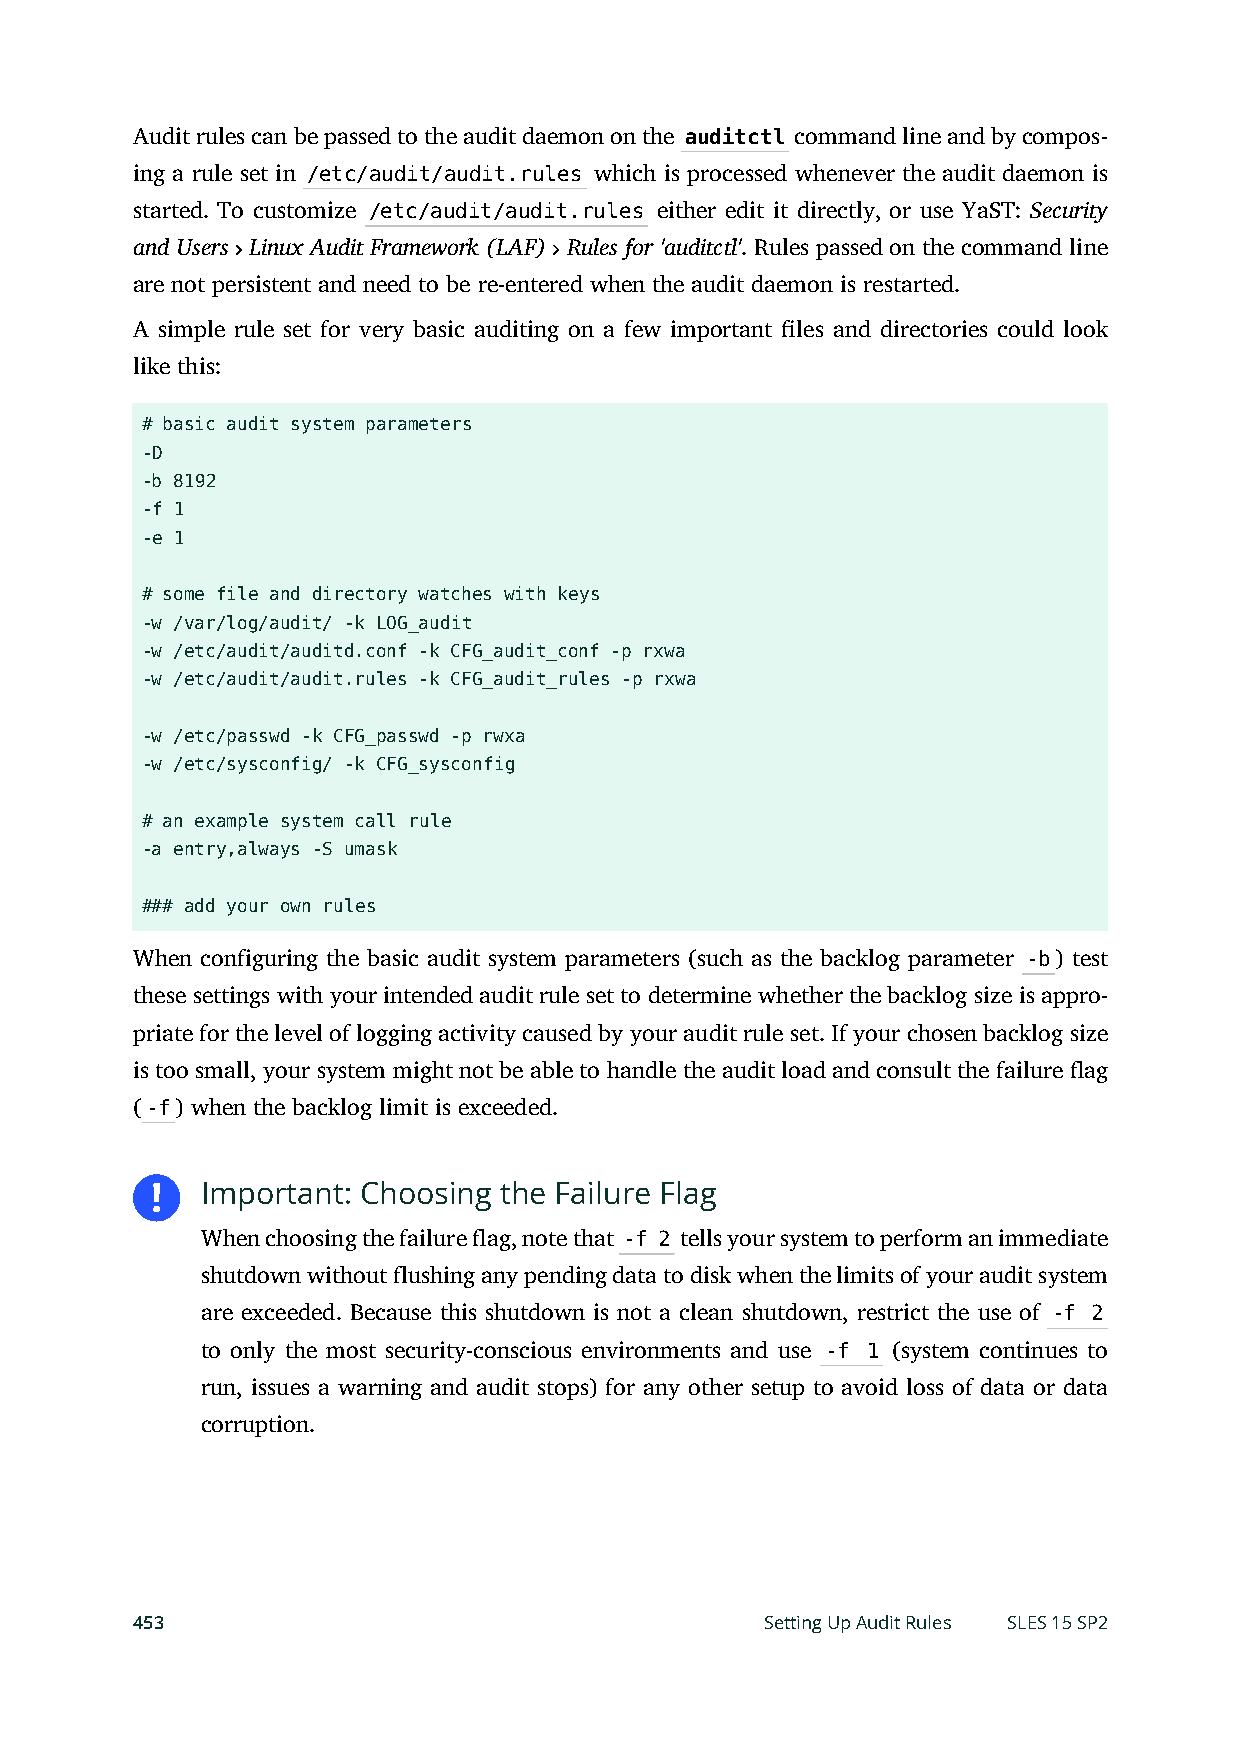
Audit rules can be passed to the audit daemon on the auditctl command line and by compos-
 ing a rule set in /etc/audit/audit.rules which is processed whenever the audit daemon is
 started. To customize /etc/audit/audit.rules either edit it directly, or use YaST: Security
 and Users Linux Audit Framework (LAF) Rules for 'auditctl'. Rules passed on the command line
 are not persistent and need to be re-entered when the audit daemon is restarted.
 A simple rule set for very basic auditing on a few important les and directories could look
 like this:
 # basic audit system parameters
 -D
 -b 8192
 -f 1
 -e 1
 # some file and directory watches with keys
 -w /var/log/audit/ -k LOG_audit
 -w /etc/audit/auditd.conf -k CFG_audit_conf -p rxwa
 -w /etc/audit/audit.rules -k CFG_audit_rules -p rxwa
 -w /etc/passwd -k CFG_passwd -p rwxa
 -w /etc/sysconfig/ -k CFG_sysconfig
 # an example system call rule
 -a entry,always -S umask
 ### add your own rules
 When configuring the basic audit system parameters (such as the backlog parameter -b) test
 these settings with your intended audit rule set to determine whether the backlog size is appro-
 priate for the level of logging activity caused by your audit rule set. If your chosen backlog size
 is too small, your system might not be able to handle the audit load and consult the failure ag
 (-f) when the backlog limit is exceeded.
 Important: Choosing the Failure Flag
 When choosing the failure ag, note that -f 2 tells your system to perform an immediate
 shutdown without flushing any pending data to disk when the limits of your audit system
 are exceeded. Because this shutdown is not a clean shutdown, restrict the use of -f 2
 to only the most security-conscious environments and use -f 1 (system continues to
 run, issues a warning and audit stops) for any other setup to avoid loss of data or data
 corruption.
 453                                       Setting Up Audit Rules SLES 15 SP2